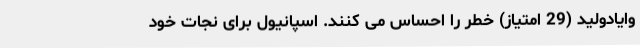
وایادولید (29 امتیاز) خطر را احساس می کنند. اسپانیول برای نجات خود